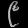
Digit: ၉